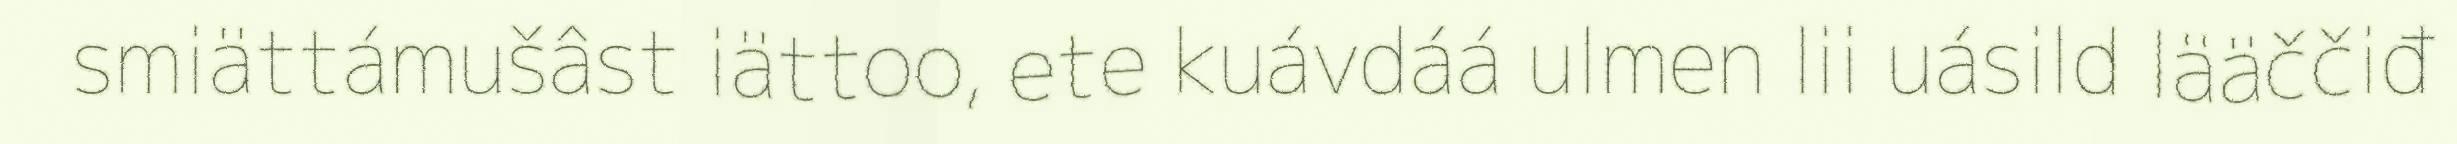
smiättámušâst iättoo, ete kuávdáá ulmen lii uásild lääččiđ